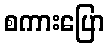
စကားပြော